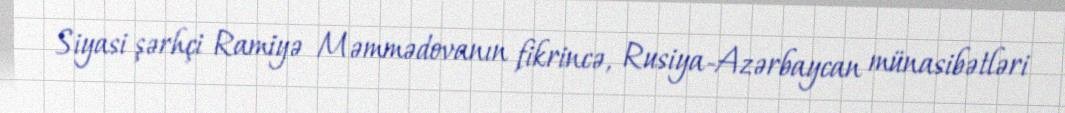
Siyasi şərhçi Ramiyə Məmmədovanın fikrincə, Rusiya-Azərbaycan münasibətləri